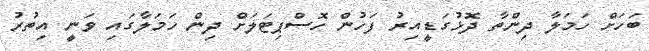
ބަހަށް ހަމަލާ ދިންތާ ދޮޅުގަޑީއިރު ފަހުން ހޮސްޕިޓަލަށް ދިން ހަމަލާގައި ވަނީ އިތުރު